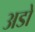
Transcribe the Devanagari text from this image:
अडो